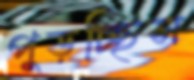
পুড়চ্ছিস